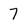
Character: 7